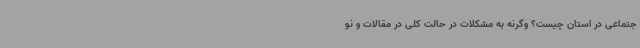
جتماعی در استان چیست؟ وگرنه به مشکلات در حالت کلی در مقالات و ‌نو